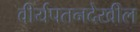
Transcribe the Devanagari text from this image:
वीर्यपतनदेखील